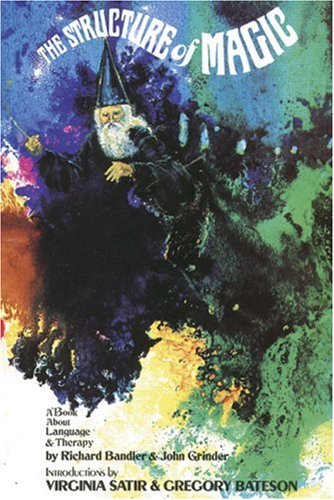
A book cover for The Structure of Magic, Vol. 1: A Book About Language and Therapy; Richard Bandler; Medical Books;